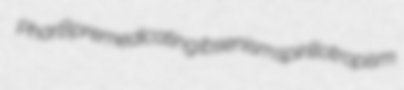
PharB premedicating Ibsenism spirillotropism